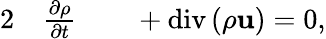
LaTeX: \begin{array}{rlrl}{{2}}&{{}\frac{\partial\rho}{\partial t}}&{}&{{}+\mathrm{div}\left(\rho\mathbf{u}\right)=0,}\end{array}